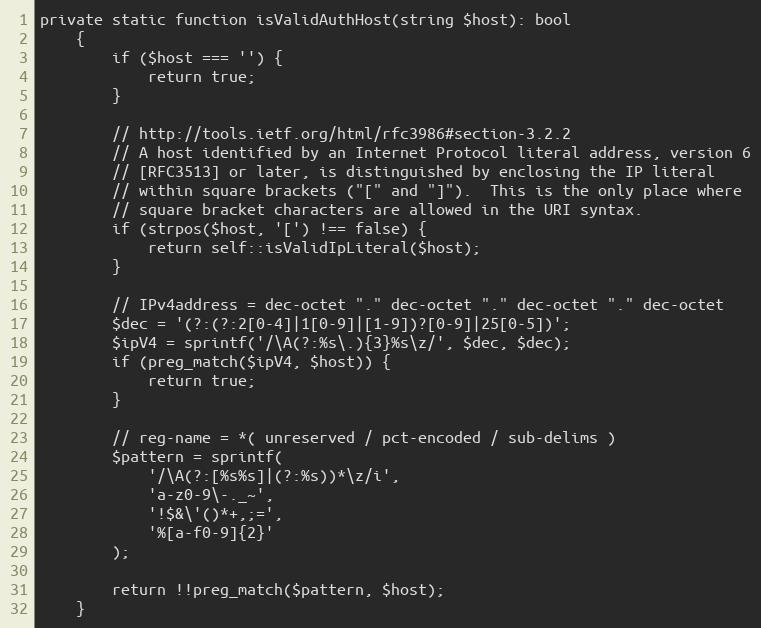
Language: PHP
private static function isValidAuthHost(string $host): bool
    {
        if ($host === '') {
            return true;
        }

        // http://tools.ietf.org/html/rfc3986#section-3.2.2
        // A host identified by an Internet Protocol literal address, version 6
        // [RFC3513] or later, is distinguished by enclosing the IP literal
        // within square brackets ("[" and "]").  This is the only place where
        // square bracket characters are allowed in the URI syntax.
        if (strpos($host, '[') !== false) {
            return self::isValidIpLiteral($host);
        }

        // IPv4address = dec-octet "." dec-octet "." dec-octet "." dec-octet
        $dec = '(?:(?:2[0-4]|1[0-9]|[1-9])?[0-9]|25[0-5])';
        $ipV4 = sprintf('/\A(?:%s\.){3}%s\z/', $dec, $dec);
        if (preg_match($ipV4, $host)) {
            return true;
        }

        // reg-name = *( unreserved / pct-encoded / sub-delims )
        $pattern = sprintf(
            '/\A(?:[%s%s]|(?:%s))*\z/i',
            'a-z0-9\-._~',
            '!$&\'()*+,;=',
            '%[a-f0-9]{2}'
        );

        return !!preg_match($pattern, $host);
    }